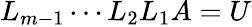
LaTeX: L_{m-1}\cdots L_{2}L_{1}A=U